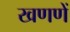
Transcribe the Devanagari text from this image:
खणणें